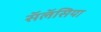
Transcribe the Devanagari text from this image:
सॅलॅसिया